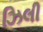
ઝિલી